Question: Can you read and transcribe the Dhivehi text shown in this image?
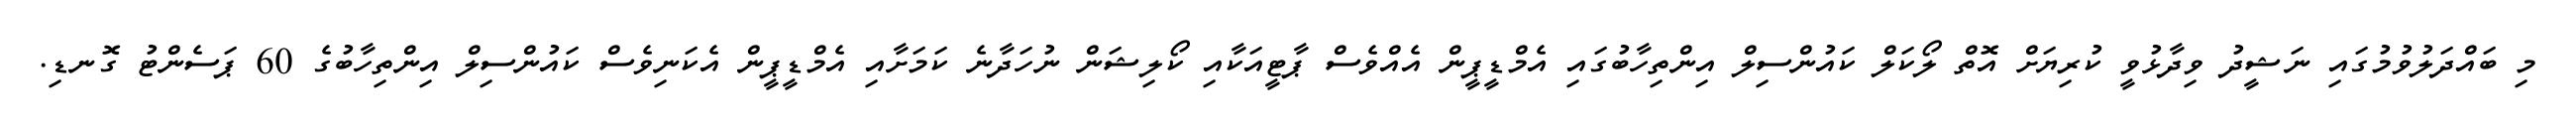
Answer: މި ބައްދަލުވުމުގައި ނަޝީދު ވިދާޅުވީ ކުރިޔަށް އޮތް ލޯކަލް ކައުންސިލް އިންތިހާބުގައި އެމްޑީޕީން އެއްވެސް ޕާޓީއަކާއި ކޯލިޝަން ނުހަދާނެ ކަމަށާއި އެމްޑީޕީން އެކަނިވެސް ކައުންސިލް އިންތިހާބުގެ 60 ޕަސެންޓު ގޮނޑި.